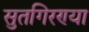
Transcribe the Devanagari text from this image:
सुतगिरण्या